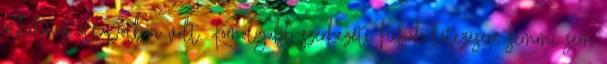
alkalmas állapotban volt. Komolyabb szerkezeti hibák létezésére semmi sem